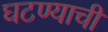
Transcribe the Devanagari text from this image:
घटण्याची